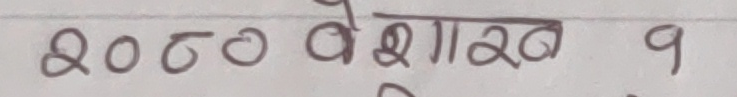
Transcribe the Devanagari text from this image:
२०८० बैशाख 9